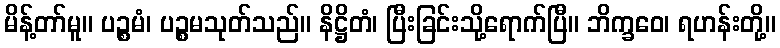
မိန့်တာ်မူ။ ပဉ္စမံ၊ ပဉ္စမသုတ်သည်။ နိဋ္ဌိတံ၊ ပြီးခြင်းသို့ရောက်ပြီ။ ဘိက္ခဝေ၊ ရဟန်းတို့။